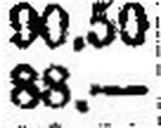
88.—